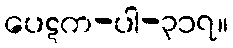
ပေဋက-ပါ-၃၁၇။